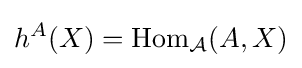
h^{A}(X)=\operatorname {Hom} _{\mathcal {A}}(A,X)